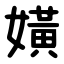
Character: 嫹